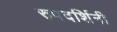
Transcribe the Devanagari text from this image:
रुपदर्शिनी